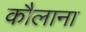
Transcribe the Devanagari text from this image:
कौलाना